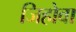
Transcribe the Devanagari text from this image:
जिहोवा